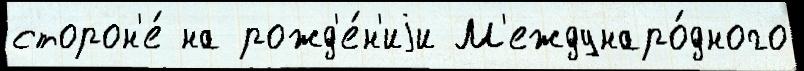
сторон'е́ на рожд'е́н'иjи М'еждунаро́дного